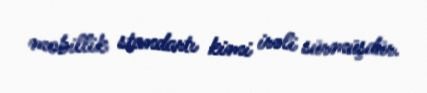
mobillik standartı kimi irəli sürmüşdür.